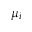
\mu _ { i }